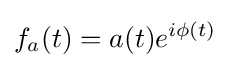
f_{a}(t)=a(t)e^{i\phi (t)}